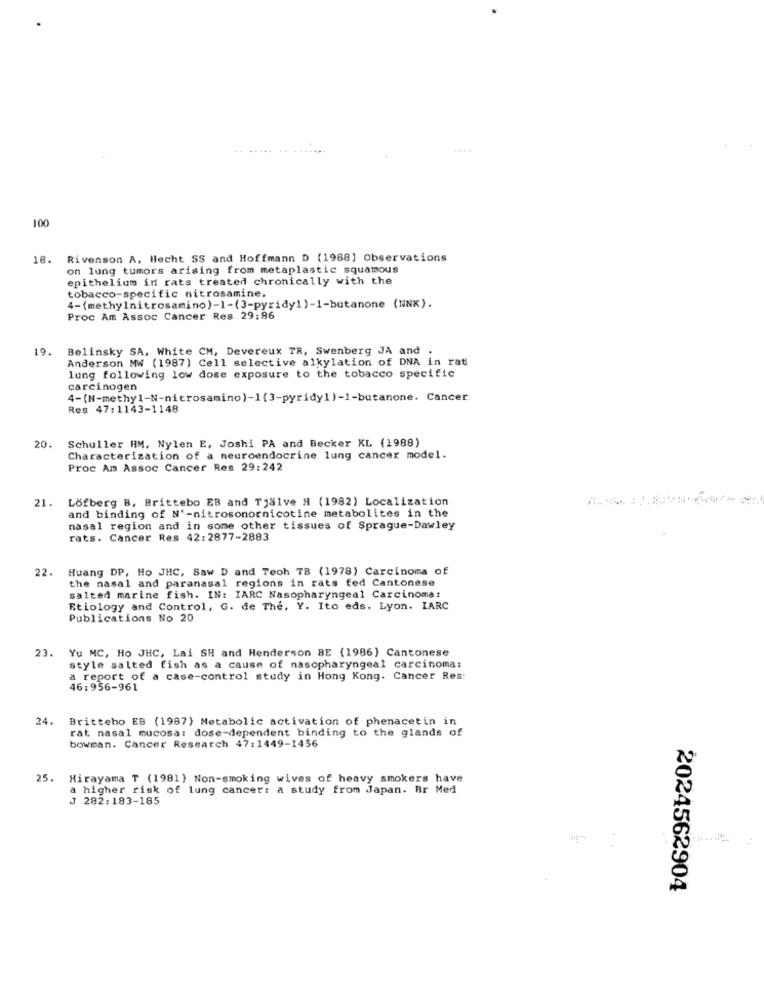
....
100
18.
Rivenson A, Hecht SS and Hoffmann D (1988) Observations
on lung tumors arising from metaplastic squamous
epithelium in rats treated chronically with the
tobacco-specific nitrosamine.
4-(methylnitrosamino)-1-(3-pyridy1)-1-butanone (NNX).
Proc Am Assoc Cancer Res 29:86
19. Belinsky SA, White CM, Devereux TR, Swenberg JA and
Anderson MW (1987) Cell selective alkylation of DNA in rat
lung following low dose exposure to the tobacco specific
carcinogen
4-(N-methyl-N-nitrosamino)-1(3-pyridy1)-1-butanone. Cancer.
Res 47:1143-1148
20.
Schuller HM. Nylen E, Joshi PA and Becker KL (1988)
Characterization of a neuroendocrine lung cancer model.
Proc Am Assoc Cancer Res 29:242
21. Löfberg B, Brittebo EB and Tjälve H (1982) Localization
and binding of N'-nitrosonornicotine metabolites in the
nasal region and in some other tissues of Sprague-Dawley
rats. Cancer Res 42:2877-2883
22.
Huang DP, Ho JHC, Saw D and Teoh TB (1978) Carcinoma of
the nasal and paranasal regions in rats fed Cantonese
salted marine fish. IN: IARC Nasopharyngeal Carcinomat
Etiology and Control, G. de The, Y. Ito eds. Lyon. IARC
Publications No 20
23.
Yu MC, Ho JHC, Lai SH and Henderson BE (1986) Cantonese
style salted fish as a cause of nasopharyngeal carcinoma:
a report of a case-control study in Hong Kong. Cancer Res:
46:956-961
24.
Brittebo EB (1987) Metabolic activation of phenacetin in
rat nasal mucosa: dose-dependent binding to the glands of
bowman. Cancer Research 47:1449-1456
25.
Hirayama T (1981) Non-smoking wives of heavy smokers have
a higher risk of lung cancer: a study from Japan. Br Med
J 282:183-185
2024562904